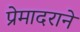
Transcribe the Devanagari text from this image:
प्रेमादराने